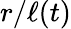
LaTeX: r/\ell(t)